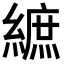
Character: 𦄝